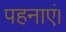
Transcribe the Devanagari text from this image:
पहनाएं।